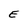
Character: E